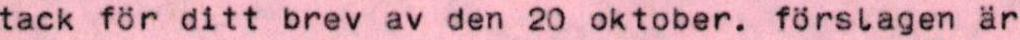
tack för ditt brev av den 20 oktober. förslagen är